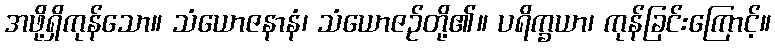
အဖို့ရှိကုန်သော။ သံယောဇနာနံ၊ သံယောဇဉ်တို့၏။ ပရိက္ခယာ၊ ကုန်ခြင်းကြောင့်။